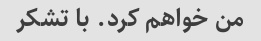
من خواهم کرد. با تشکر